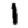
Digit: 1